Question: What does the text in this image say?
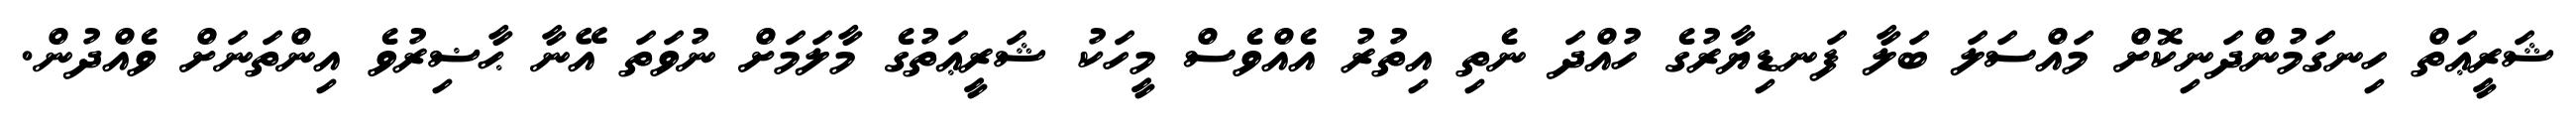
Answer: ޝަރީޢަތް ހިނގަމުންދަނިކޮށް މައްސަލަ ބަލާ ފަނޑިޔާރުގެ ހުއްދަ ނެތި އިތުރު އެއްވެސް މީހަކު ޝަރީޢަތުގެ މާލަމަށް ނުވަތަ އޭނާ ޙާޟިރުވެ އިންތަނަށް ވެއްދުން.